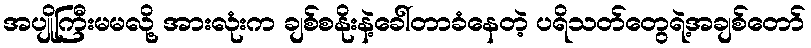
အပျိုကြီးမမလို့ အားလုံးက ချစ်စနိုးနဲ့ခေါ်တာခံနေတဲ့ ပရိသတ်တွေရဲ့အချစ်တော်